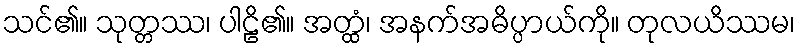
သင်၏။ သုတ္တဿ၊ ပါဠိ၏။ အတ္ထံ၊ အနက်အဓိပ္ပာယ်ကို။ တုလယိဿမ၊